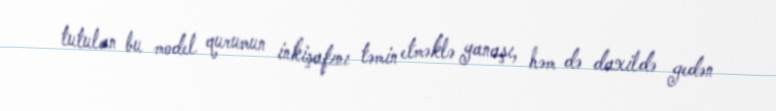
tutulan bu model qurumun inkişafını təmin etməklə yanaşı, həm də daxildə gedən